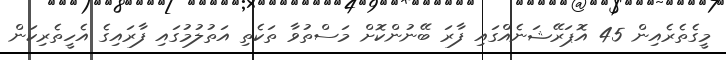
މީގެތެރެއިން 45 އޮޕަރޭޝަނެއްގައި ފާރަ ބޭނުންކޮށް މަސްތުވާ ތަކެތި އަތުލުމުގައި ފާރައިގެ އެހީތެރިކަން